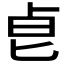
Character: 𠧢